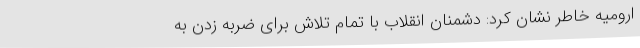
ارومیه خاطر نشان کرد: دشمنان انقلاب با تمام تلاش برای ضربه زدن به